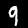
Label: 9